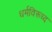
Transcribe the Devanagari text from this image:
धर्मविरूध्द